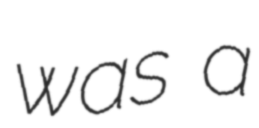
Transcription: was a